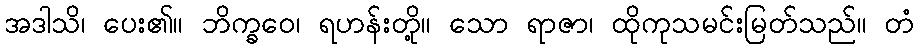
အဒါသိ၊ ပေး၏။ ဘိက္ခဝေ၊ ရဟန်းတို့။ သော ရာဇာ၊ ထိုကုသမင်းမြတ်သည်။ တံ